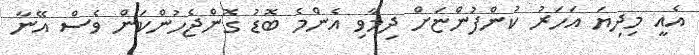
އެއީ މިދިޔަ އަހަރު ކުންފުންޏަށް ދިމާވި އެންމެ ބޮޑު ގޮންޖެހުންކަން ވެސް އޭނާ